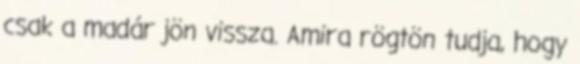
csak a madár jön vissza. Amira rögtön tudja, hogy